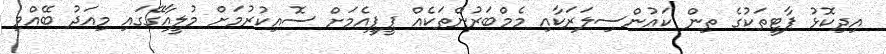
އިދިކޮޅު ޕާޓީތަކުގެ ތިން ކައުންސިލަރަކާއި މެމްބަރުންތަކެއް ޕީޕީއެމަށް ސޮއިިކުރުމަށް މުލީއާގޭގައި މިއަދު ބޭއްވި